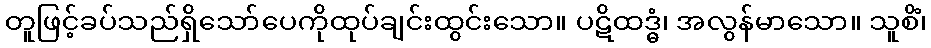
တူဖြင့်ခပ်သည်ရှိသော်ပေကိုထုပ်ချင်းထွင်းသော။ ပဋိထဒ္ဓံ၊ အလွန်မာသော။ သူစိံ၊